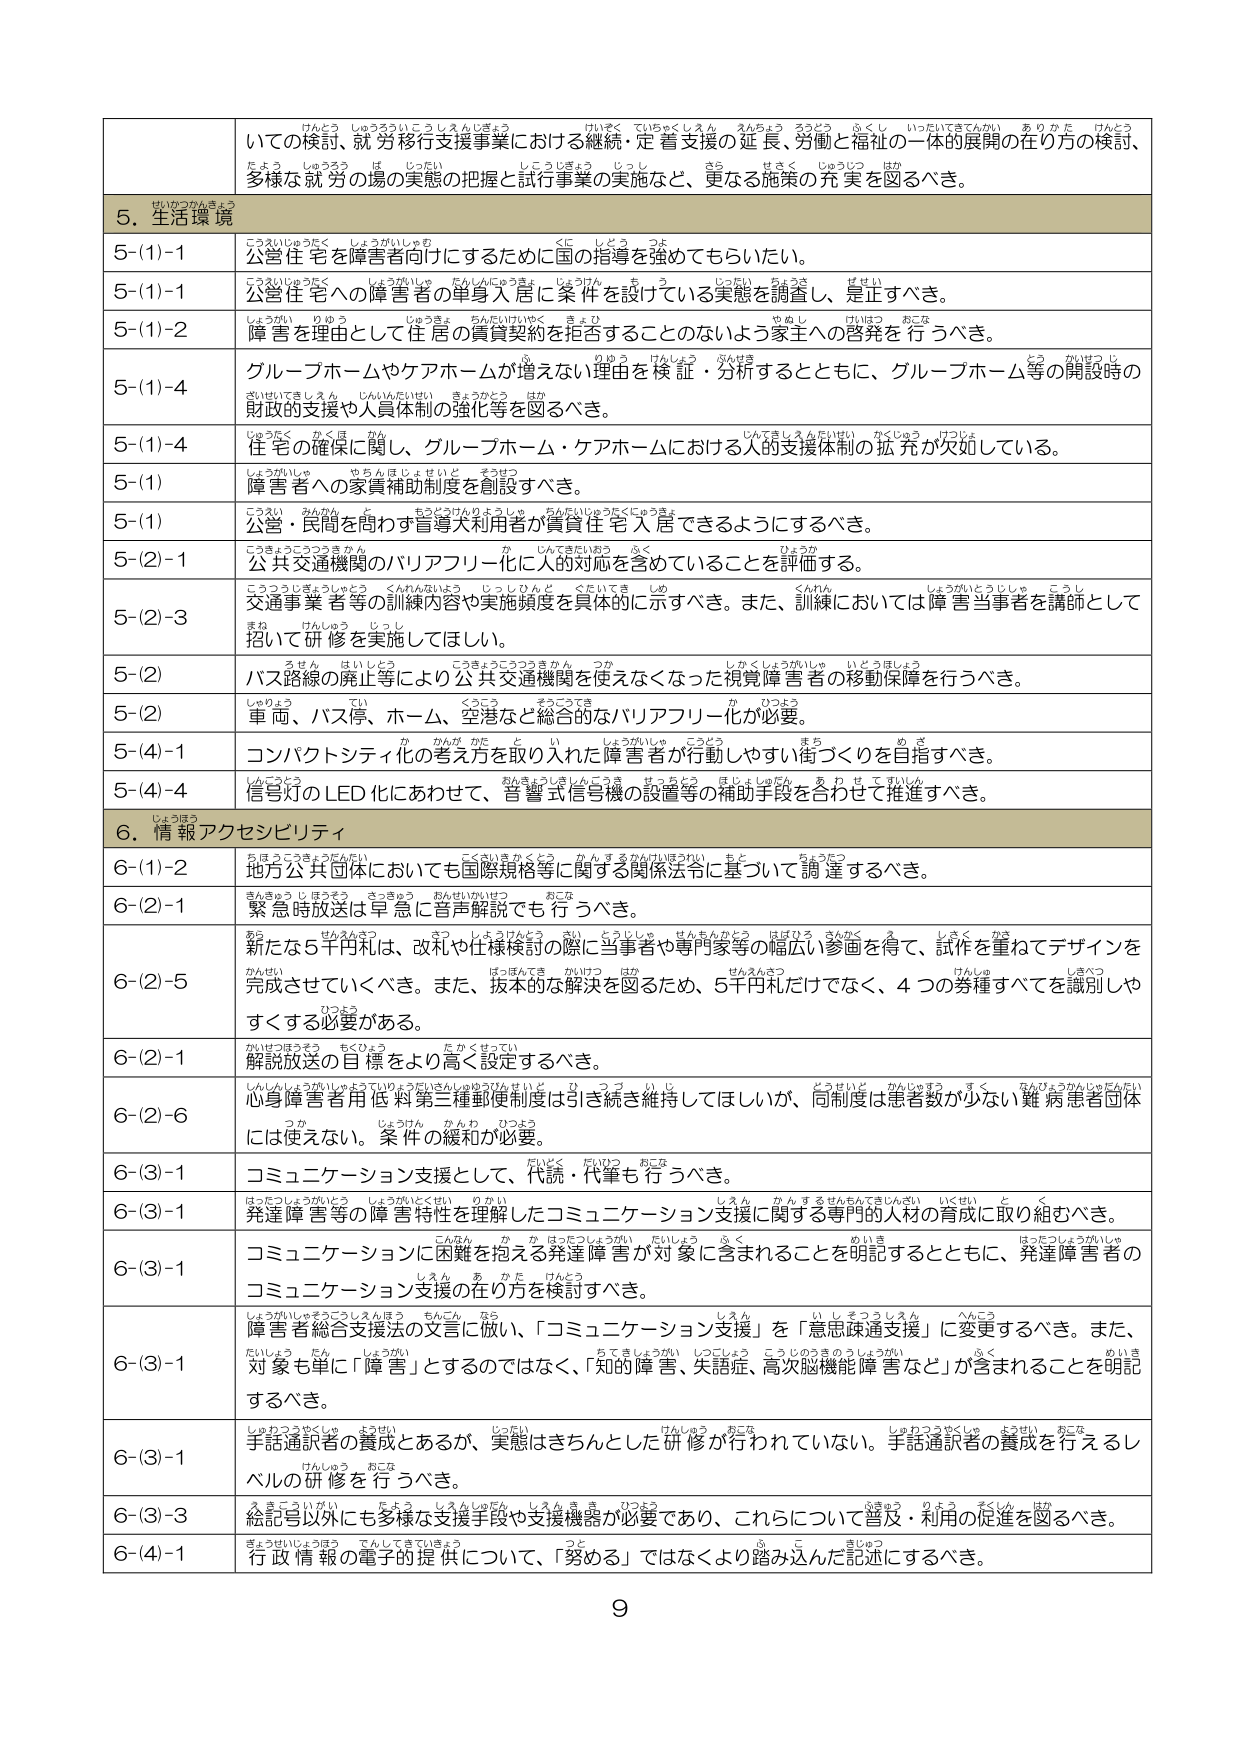
5. 生活環境
5-(1)-1 公営住宅を障害者向けにするために国の指導を強めてもらいたい。
5-(1)-1 公営住宅への障害者の単身入居に条件を設けている実態を調査し、是正すべき。
5-(1)-2 障害を理由として住居の賃貸契約を拒否することのないよう家主への啓発を行うべき。
5-(1)-4 グループホームやケアホームが増えない理由を検証・分析するとともに、グループホーム等の開設時の財政的支援や人員体制の強化等を図るべき。
5-(1)-4 住宅の確保に関し、グループホーム・ケアホームにおける人的支援体制の拡充が欠如している。
5-(1) 障害者への家賃補助制度を創設すべき。
5-(1) 公営・民間を問わず盲導犬利用者が賃貸住宅入居できるようにするべき。
5-(2)-1 公共交通機関のバリアフリー化に人的対応を含めていることを評価する。
5-(2)-3 交通事業者等の訓練内容や実施頻度を具体的に示すべき。また、訓練においては障害当事者を講師として招いて研修を実施してほしい。
5-(2) バス路線の廃止等により公共交通機関を使えなくなった視覚障害者の移動保障を行うべき。
5-(2) 車両、バス停、ホーム、空港など総合的なバリアフリー化が必要。
5-(4)-1 コンパクトシティ化の考え方に取り入れた障害者が行動しやすい街づくりを目指すべき。
5-(4)-4 信号灯のLED化にあわせて、音響式信号機の設置等の補助手段を合わせて推進すべき。
6. 情報アクセシビリティ
6-(1)-2 地方公共団体においても国際規格等に関する関係法令に基づいて調達するべき。
6-(2)-1 緊急時放送は早急に音声解説でも行うべき。
6-(2)-5 新たな5千円札は、改札や仕様検討の際に当事者や専門家等の幅広い参画を得て、試作を重ねてデザインを完成させていくべき。また、抜本的な解決を図るため、5千円札だけでなく、4つの券種すべてを識別しやすくする必要がある。
6-(2)-1 解説放送の目標をより高く設定するべき。
6-(2)-6 心身障害者用低料第三種郵便制度は引き続き維持してほしいが、同制度は患者数が少ない難病患者団体には使えない。条件の緩和が必要。
6-(3)-1 コミュニケーション支援として、代読・代筆も行うべき。
6-(3)-1 発達障害等の障害特性を理解したコミュニケーション支援に関する専門的人材の育成に取り組むべき。
6-(3)-1 コミュニケーションに困難を抱える発達障害が対象に含まれることを明記するとともに、発達障害者のコミュニケーション支援の在り方を検討すべき。
6-(3)-1 しょうがいしゃそうごうしせんぼう ちんごん なら 障害者総合支援法の文言に従い、「コミュニケーション支援」を「意思疎通支援」に変更するべき。また、対象も単に「障害」とするのではなく、「知的障害、失語症、高次脳機能障害など」が含まれることを明記するべき。
6-(3)-1 手話通訳者の養成はあるが、実態はきちんとした研修が行われていない。手話通訳者の養成をし、レベルの研修を行うべき。
6-(3)-3 録記号以外にも多様な支援手段や支援機器が必要であり、これらについて普及・利用の促進を図るべき。
6-(4)-1 行政情報の電子的提供について、「努める」ではなくより踏み込んだ記述にするべき。
9